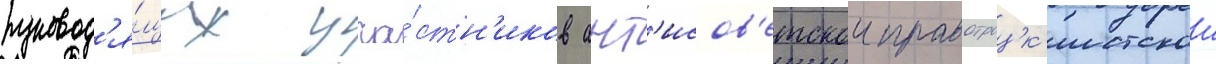
руковод'я́щих уча́стн'иков ант'исов'етскои правотроцк'истскои